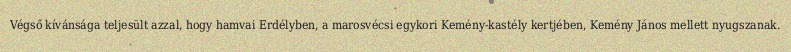
Végső kívánsága teljesült azzal, hogy hamvai Erdélyben, a marosvécsi egykori Kemény-kastély kertjében, Kemény János mellett nyugszanak.